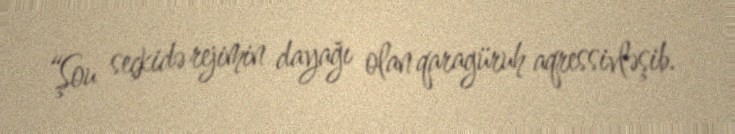
“Şou seçkidə rejimin dayağı olan qaragüruh aqressivləşib.